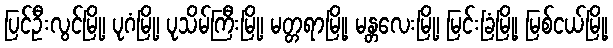
ပြင်ဦးလွင်မြို့၊ ပုဂံမြို့၊ ပုသိမ်ကြီးမြို့၊ မတ္တရာမြို့၊ မန္တလေးမြို့၊ မြင်းခြံမြို့၊ မြစ်ငယ်မြို့၊